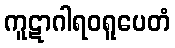
ကူဋာဂါရဝရူပေတံ